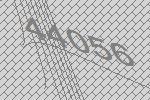
44056